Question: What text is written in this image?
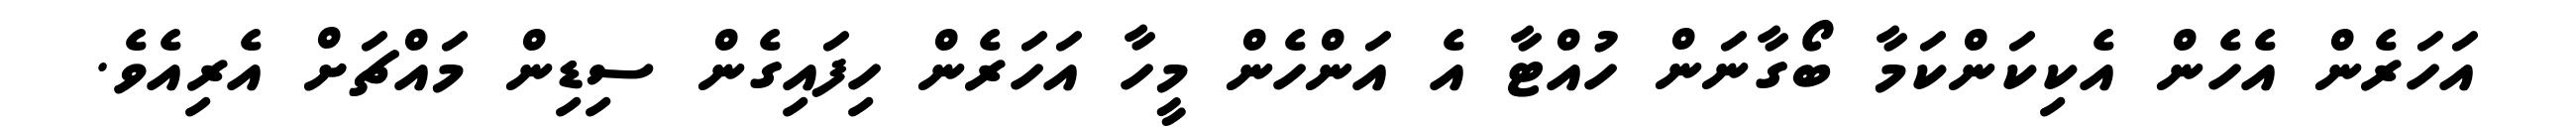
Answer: އަހަރެން އެހެން އެކިކަންކަމާ ބޯގާނަން ހުއްޓާ އެ އަންހެން މީހާ އަހަރެން ހިފައިގެން ސިޑިން މައްޗަށް އެރިއެވެ.